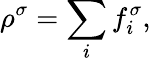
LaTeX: \rho^{\sigma}=\sum_{i}f_{i}^{\sigma},